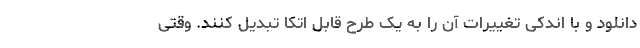
دانلود و با اندکی تغییرات آن را به یک طرح قابل اتکا تبدیل کنند. وقتی